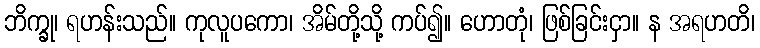
ဘိက္ခု၊ ရဟန်းသည်။ ကုလူပကော၊ အိမ်တို့သို့ ကပ်၍။ ဟောတုံ၊ ဖြစ်ခြင်းငှာ။ န အရဟတိ၊